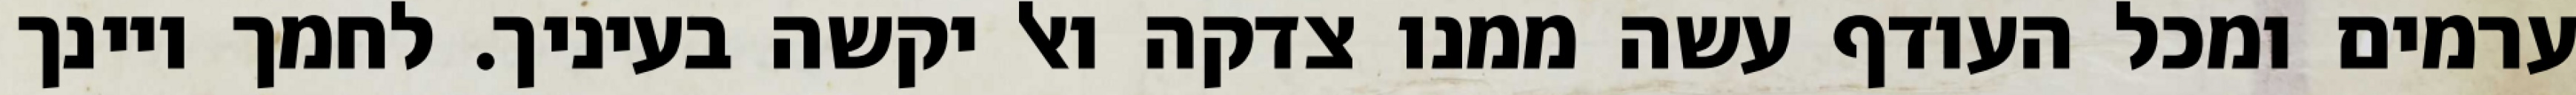
ערמים ומכל העודף עשה ממנו צדקה ואל יקשה בעיניך. לחמך ויינך